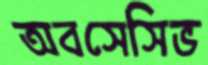
অবসেসিভ